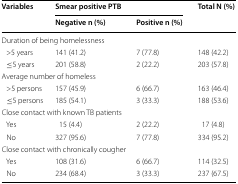
<table><thead><tr><td rowspan="2"><b>Variables</b></td><td colspan="2"><b>Smear positive PTB</b></td><td rowspan="2"><b>Total N (%)</b></td></tr><tr><td><b>Negative n (%)</b></td><td><b>Positive n (%)</b></td></tr></thead><tbody><tr><td colspan="4">Duration of being homelessness</td></tr><tr><td> &gt;5 years</td><td>141 (41.2)</td><td>7 (77.8)</td><td>148 (42.2)</td></tr><tr><td> ≤5 years</td><td>201 (58.8)</td><td>2 (22.2)</td><td>203 (57.8)</td></tr><tr><td colspan="4">Average number of homeless</td></tr><tr><td> &gt;5 persons</td><td>157 (45.9)</td><td>6 (66.7)</td><td>163 (46.4)</td></tr><tr><td> ≤5 persons</td><td>185 (54.1)</td><td>3 (33.3)</td><td>188 (53.6)</td></tr><tr><td colspan="4">Close contact with known TB patients</td></tr><tr><td> Yes</td><td>15 (4.4)</td><td>2 (22.2)</td><td>17 (4.8)</td></tr><tr><td> No</td><td>327 (95.6)</td><td>7 (77.8)</td><td>334 (95.2)</td></tr><tr><td colspan="4">Close contact with chronically cougher</td></tr><tr><td> Yes</td><td>108 (31.6)</td><td>6 (66.7)</td><td>114 (32.5)</td></tr><tr><td> No</td><td>234 (68.4)</td><td>3 (33.3)</td><td>237 (67.5)</td></tr></tbody></table>